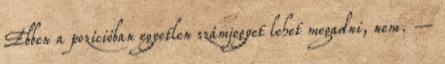
Ebben a pozícióban egyetlen számjegyet lehet megadni, nem. –